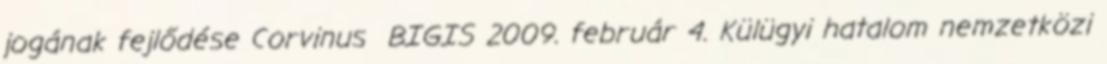
jogának fejlődése Corvinus BIGIS 2009. február 4. Külügyi hatalom nemzetközi